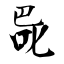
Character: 巼